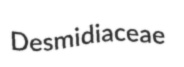
Desmidiaceae